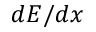
d E / d x